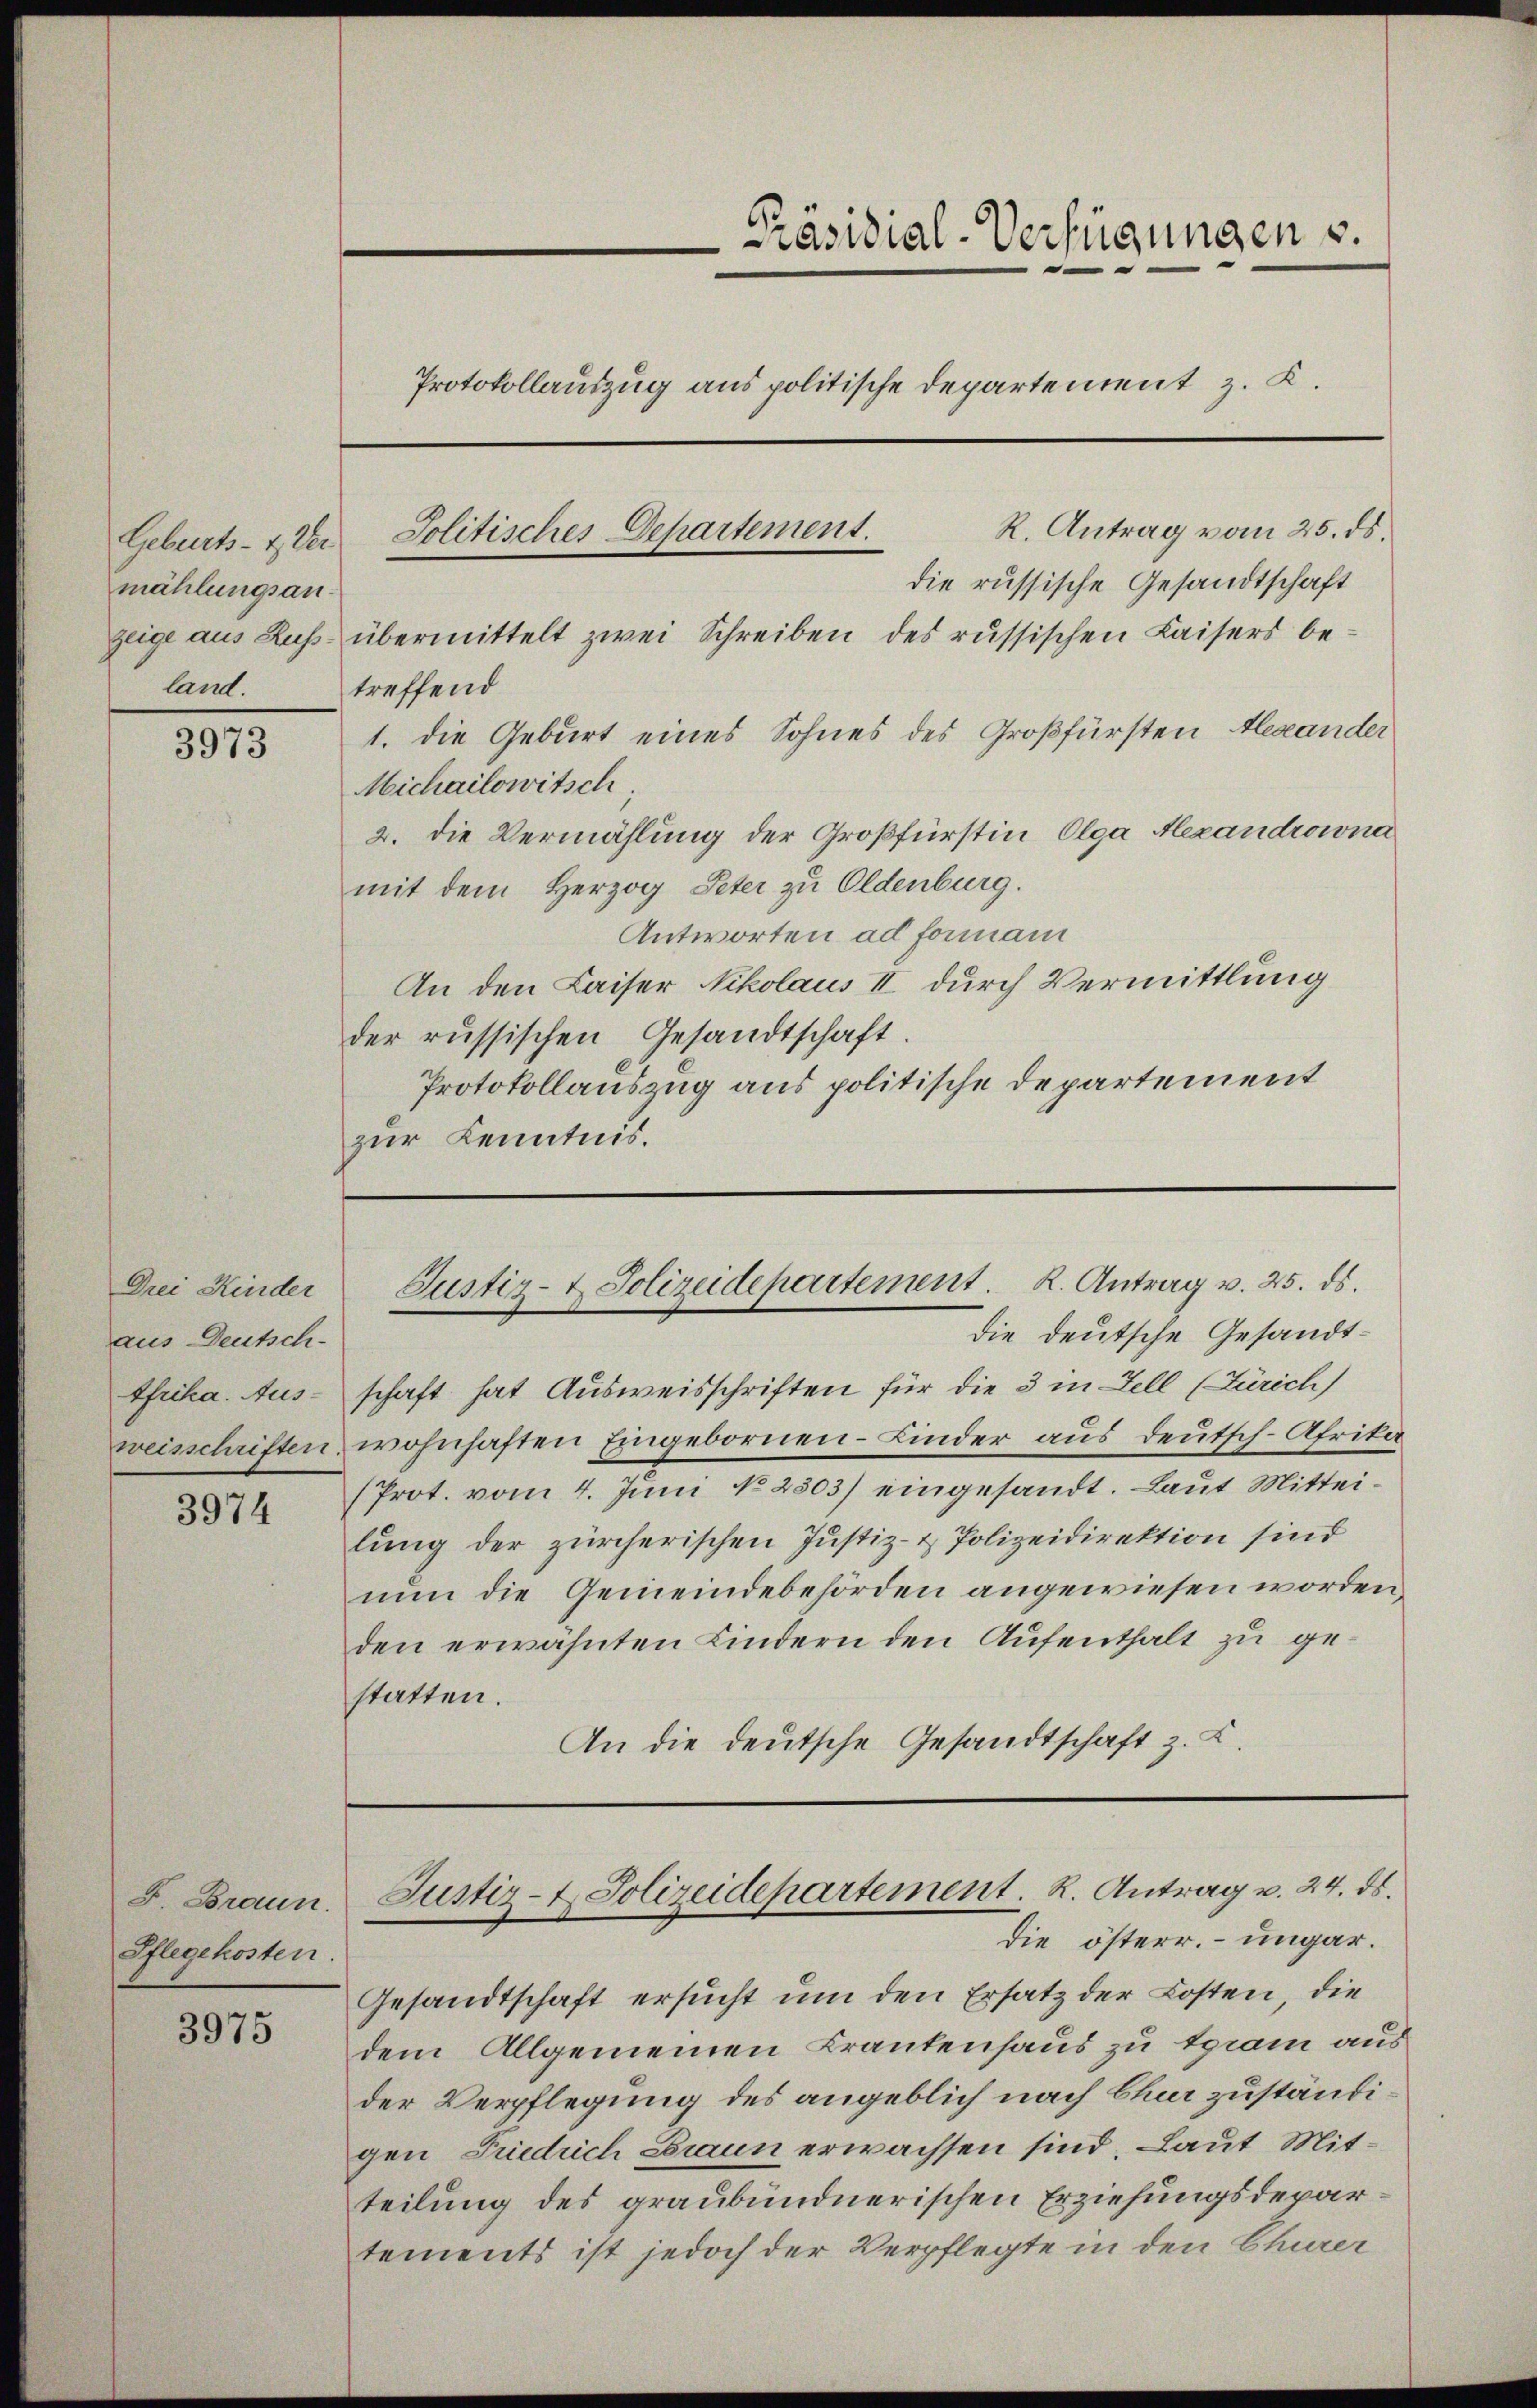
mählungsanland.

3973

Drei Kinder
aus Deutsch-
Afrika. Ausweisschriften.

3974

F. Braun
Pflegekosten.

3975

Präsidial-Verfügungen u.
Protokollauszug aus politische Departement z. K.

Geburts- & der Politisches-Departement.

R. Antrag vom 25. ds.
die russische Gesandtschaft
zeige aus Kuss übermittelt zwei Schreiben des russischen Kaisers betreffend
1. die Geburt eines Sohnes des Großfürsten Alexander
Michailowitsch
2. die Vermählung der Großfürstin Olga Alexandrowna
mit dem Herzog Peter zu Oldenburg.
Antworten ad formani
An den Kaiser Nikolaus II durch Vermittlung
der russischen Gesandtschaft.
Protokollauszug aus politische Departement
zur Kenntnis.

die deutsche Gesandtschaft hat Ausweisschriften für die 3 in Fell (Zürich)
wohnhaften Eingebornen- Kinder aus Deutsch-Afrika
(Prot. vom 4. Juni No 2503) eingesandt. Laut Mitteilung der zürcherischen Justiz- & Polizeidirektion sind
nun die Gemeindebehörden angewiesen worden,
den erwähnten Kindern den Aufenthalt zu gestatten.
An die deutsche Gesandtschaft z. B.

Justiz- & Polizeidepartement. K. Antrag v. 25. ds.

Justiz- & Polizeidepartement. R. Antrag v. 24. ds.
die österr. ungar.

Gesandtschaft ersucht um den Ersatz der Kosten, die
dem Allgemeinen Krankenhaus zu tgram aus
der Verpflegung des angeblich nach Chur zuständigen Friedrich Braun erwachsen sind, Laut Mitteilung des graubündnerischen Erziehungsdepartements ist jedoch der Verpflegte in den Churer